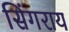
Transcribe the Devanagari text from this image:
सिंगराय